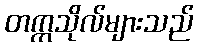
တက္ကသိုလ်များသည်